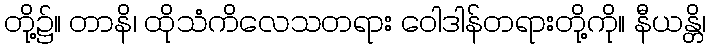
တို့၌။ တာနိ၊ ထိုသံကိလေသတရား ဝေါဒါန်တရားတို့ကို။ နီယန္တိ၊